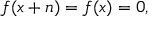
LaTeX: f ( x + n ) = f ( x ) = 0 ,